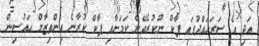
އަދި އެ ސަރަހައްދުގައި ޕާކް ނުކުރެވޭނެ ކަމަށާއި ޕާކް ކުރާނެ އިންތިޒާމް ހައުސިން